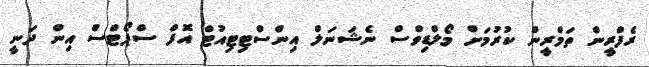
ރެފްރީން ތަމްރީން ކުރުމަށް މޯލްޑިވްސް ނެޝަނަލް އިންސްޓިޓިއުޓް އޮފް ސްޕޯޓްސް އިން ދަނީ